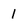
Character: 1